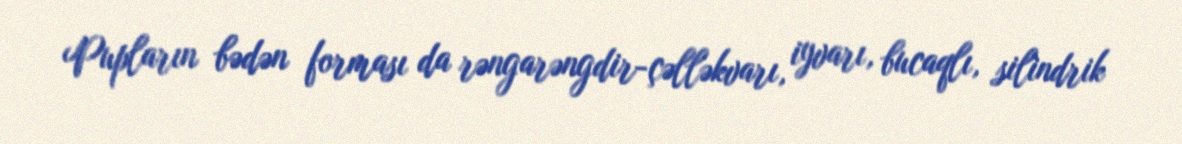
Pupların bədən forması da rəngarəngdir-çəlləkvarı, iyvarı, bucaqlı, silindrik